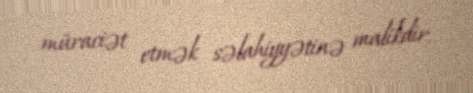
müraciət etmək səlahiyyətinə malikdir.